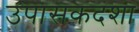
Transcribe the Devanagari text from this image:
उपासकदशा